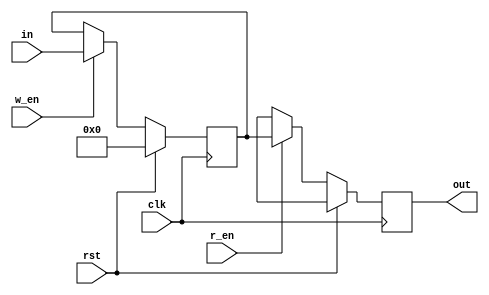
//There is only single register on which both read and write operations can be done simultaneously and read is given more priority.

module registeroperations #(parameter width=8)(clk,rst,r_en,w_en,in,out);
input clk,rst,r_en,w_en;
input [width-1:0] in;
output reg [width-1:0] out;
reg [width-1:0] k;
initial k='b0;
always @(posedge clk)
begin
	if(rst==1'b1)
	begin
		k<='b0;
		out<='bx;
	end
	else if(r_en==1'b1)
	begin
		out<=k;
		if(w_en==1'b1)
		begin	
		k<=in;
		end
		else
		begin
			k<=k;
		end
	end
	else if(r_en==1'b0)
	begin
		out<='bx;
		if(w_en==1'b1)
		begin	
			k<=in;
		end
		else
		begin
			k<=k;
		end
	end
end
endmodule